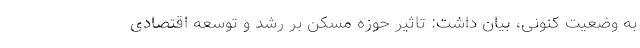
به وضعیت کنونی، بیان داشت: تاثیر حوزه مسکن بر رشد و توسعه اقتصادی